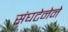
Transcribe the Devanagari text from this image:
संघटेनेने